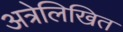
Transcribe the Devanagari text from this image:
अत्रेलिखित